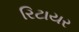
રિટાયર